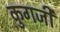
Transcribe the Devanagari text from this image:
कुगजी